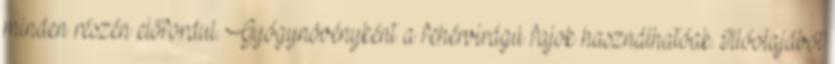
minden részén előfordul. Gyógynövényként a fehérvirágú fajok használhatóak. Illóolajából